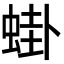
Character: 𬠎